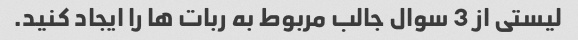
لیستی از 3 سوال جالب مربوط به ربات ها را ایجاد کنید.